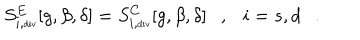
S _ { i , \tiny \mathrm { d i v } } ^ { E } [ g , \beta , \delta ] = S _ { i , \tiny \mathrm { d i v } } ^ { C } [ g , \beta , \delta ] , i = s , d .